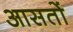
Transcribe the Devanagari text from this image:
आसतों